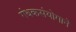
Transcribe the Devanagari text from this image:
गंधकसंयोगाने